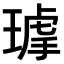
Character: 𤨇